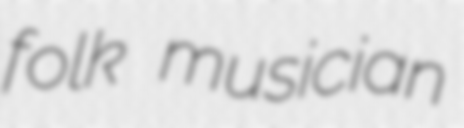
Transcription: folk musician